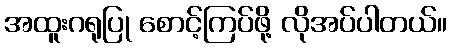
အထူးဂရုပြု စောင့်ကြပ်ဖို့ လိုအပ်ပါတယ်။